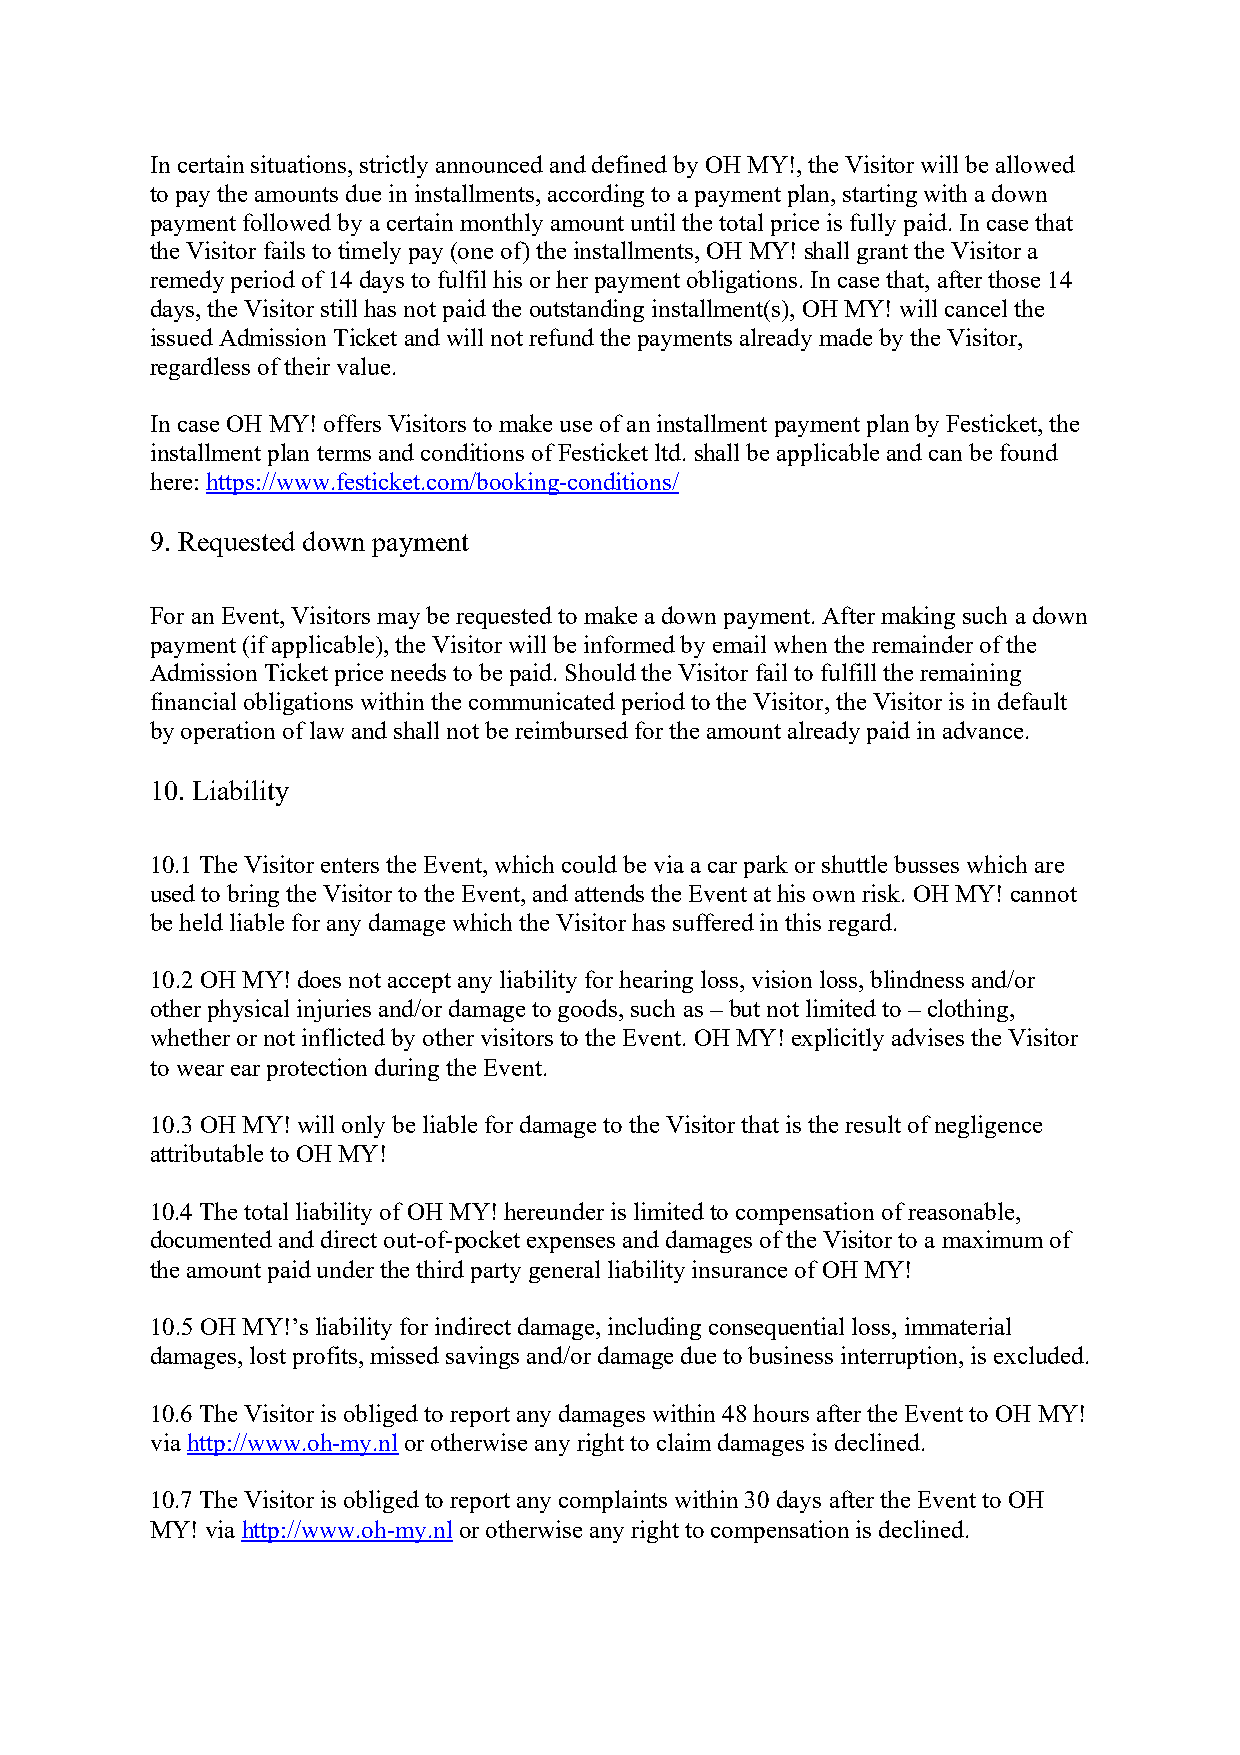
In certain situations, strictly announced and defined by OH MY!, the Visitor will be allowed
 to pay the amounts due in installments, according to a payment plan, starting with a down
 payment followed by a certain monthly amount until the total price is fully paid. In case that
 the Visitor fails to timely pay (one of) the installments, OH MY! shall grant the Visitor a
 remedy period of 14 days to fulfil his or her payment obligations. In case that, after those 14
 days, the Visitor still has not paid the outstanding installment(s), OH MY! will cancel the
 issued Admission Ticket and will not refund the payments already made by the Visitor,
 regardless of their value.
 In case OH MY! offers Visitors to make use of an installment payment plan by Festicket, the
 installment plan terms and conditions of Festicket ltd. shall be applicable and can be found
 here: https://www.festicket.com/booking-conditions/
 9. Requested down payment
 For an Event, Visitors may be requested to make a down payment. After making such a down
 payment (if applicable), the Visitor will be informed by email when the remainder of the
 Admission Ticket price needs to be paid. Should the Visitor fail to fulfill the remaining
 financial obligations within the communicated period to the Visitor, the Visitor is in default
 by operation of law and shall not be reimbursed for the amount already paid in advance.
 10. Liability
 10.1 The Visitor enters the Event, which could be via a car park or shuttle busses which are
 used to bring the Visitor to the Event, and attends the Event at his own risk. OH MY! cannot
 be held liable for any damage which the Visitor has suffered in this regard.
 10.2 OH MY! does not accept any liability for hearing loss, vision loss, blindness and/or
 other physical injuries and/or damage to goods, such as – but not limited to – clothing,
 whether or not inflicted by other visitors to the Event. OH MY! explicitly advises the Visitor
 to wear ear protection during the Event.
 10.3 OH MY! will only be liable for damage to the Visitor that is the result of negligence
 attributable to OH MY!
 10.4 The total liability of OH MY! hereunder is limited to compensation of reasonable,
 documented and direct out-of-pocket expenses and damages of the Visitor to a maximum of
 the amount paid under the third party general liability insurance of OH MY!
 10.5 OH MY!’s liability for indirect damage, including consequential loss, immaterial
 damages, lost profits, missed savings and/or damage due to business interruption, is excluded.
 10.6 The Visitor is obliged to report any damages within 48 hours after the Event to OH MY!
 via http://www.oh-my.nl or otherwise any right to claim damages is declined.
 10.7 The Visitor is obliged to report any complaints within 30 days after the Event to OH
 MY! via http://www.oh-my.nl or otherwise any right to compensation is declined.